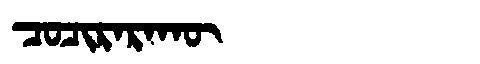
Manchu: ᠴᠣᠴᡳᡵᠠᡵᠠᡴᡡ
Romanization: COCIRARAKŪ